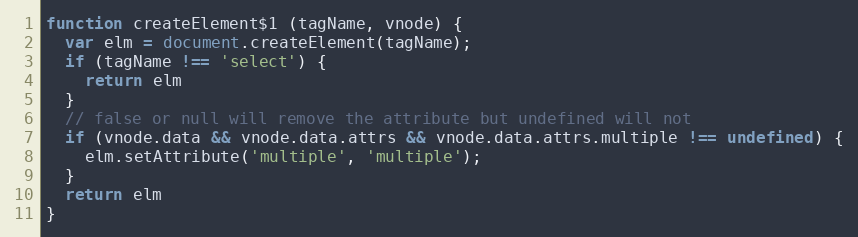
Language: JavaScript
function createElement$1 (tagName, vnode) {
  var elm = document.createElement(tagName);
  if (tagName !== 'select') {
    return elm
  }
  // false or null will remove the attribute but undefined will not
  if (vnode.data && vnode.data.attrs && vnode.data.attrs.multiple !== undefined) {
    elm.setAttribute('multiple', 'multiple');
  }
  return elm
}